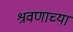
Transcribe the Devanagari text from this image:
श्रवणाच्या